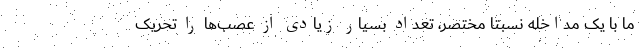
ما با یک مداخله نسبتاً مختصر، تعداد بسیار زیادی از عصب‌ها را تحریک